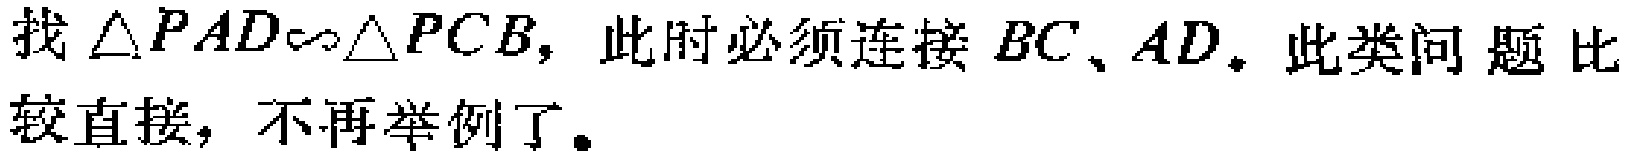
找$\triangle PAD\sim\triangle PCB$，此时必须连接$BC$、$AD$。此类问题比较直接，不再举例了。